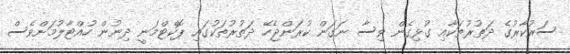
ސަރުކާރުގެ ދަތުރުތަކާއި ގުޅިގެން ވިސާ ނަގަން ކުރަންޖެހޭ ދަތުރުތަކުގައި ޕޮކެޓްމަނީ ދިނުން ހުއްޓާލުމަށްވެސް